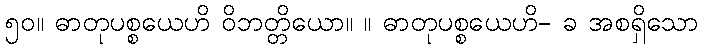
၅၀။ ဓာတုပစ္စယေဟိ ဝိဘတ္တိယော။ ။ ဓာတုပစ္စယေဟိ- ခ အစရှိသော